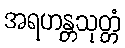
အရဟန္တသုတ္တံ